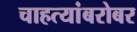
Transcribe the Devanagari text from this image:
चाहत्यांबरोबर